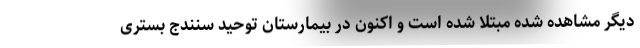
دیگر مشاهده شده مبتلا شده است و اکنون در بیمارستان توحید سنندج بستری